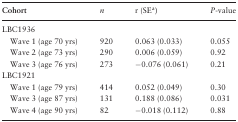
<table><thead><tr><td><b>Cohort</b></td><td><b><i>n</i></b></td><td><b>r (SE<sup>a</sup>)</b></td><td><b><i>P</i>-value</b></td></tr></thead><tbody><tr><td>LBC1936</td><td></td><td></td><td></td></tr><tr><td> Wave 1 (age 70 yrs)</td><td>920</td><td>0.063 (0.033)</td><td>0.055</td></tr><tr><td> Wave 2 (age 73 yrs)</td><td>290</td><td>0.006 (0.059)</td><td>0.92</td></tr><tr><td> Wave 3 (age 76 yrs)</td><td>273</td><td>−0.076 (0.061)</td><td>0.21</td></tr><tr><td>LBC1921</td><td></td><td></td><td></td></tr><tr><td> Wave 1 (age 79 yrs)</td><td>414</td><td>0.052 (0.049)</td><td>0.30</td></tr><tr><td> Wave 3 (age 87 yrs)</td><td>131</td><td>0.188 (0.086)</td><td>0.031</td></tr><tr><td> Wave 4 (age 90 yrs)</td><td>82</td><td>−0.018 (0.112)</td><td>0.88</td></tr></tbody></table>